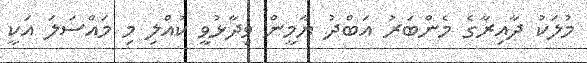
މުލަކު ދާއިރާގެ މެންބަރު އަބްދު ޔާމީން ވިދާޅުވީ ކުއްލި މި މައްސަލަ އަކީ